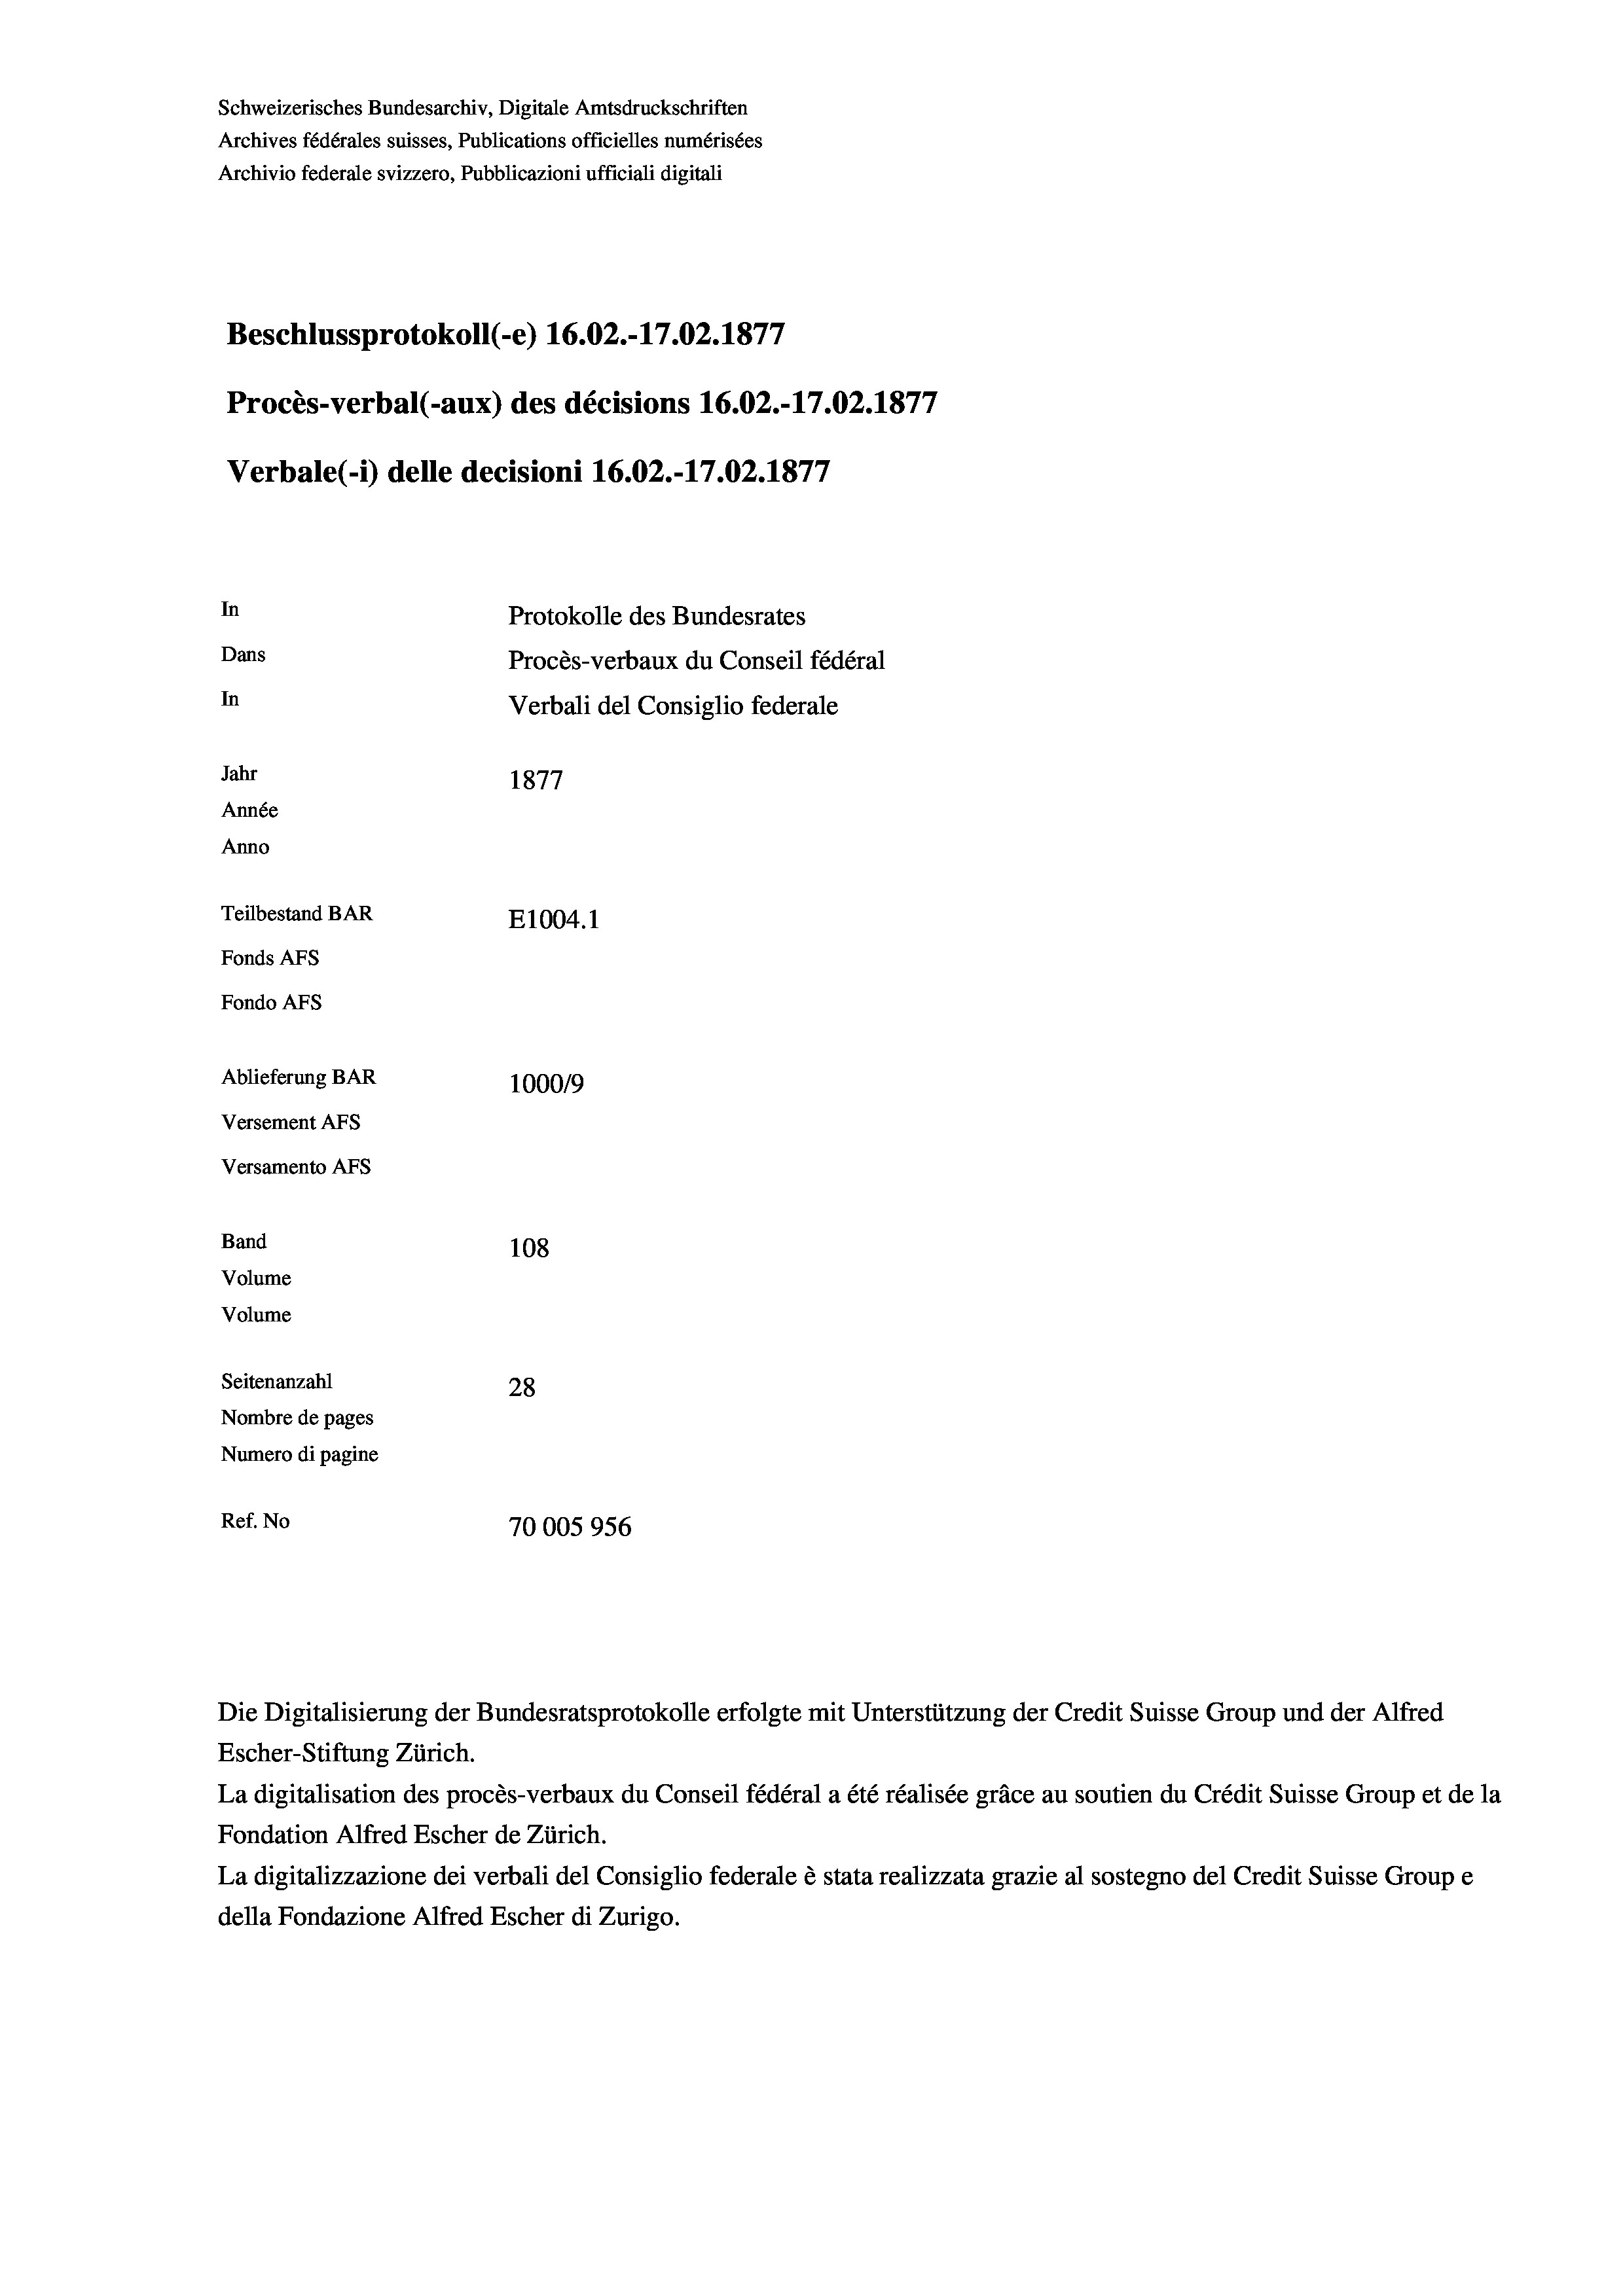
Schweizerisches Bundesarchiv, Digitale Amtsdruckschriften
Archives fédérales suisses, Publications officielles numérisées
Archivio federale svizzero, Pubblicazioni ufficiali digitali
Beschlussprotokoll (-e) 16.02.-17.02. 1877
Procès-verbal (-aux) des décisions 16.02.-17.02.1877
Verbale (1) delle decisioni 16.02.-17.02. 1877
In
Protokolle des Bundesrates
Dans
Procès-verbaux du Conseil fédéral
In
Verbali del Consiglio federale
Jahr
1877
Année
Anno
Teilbestand BAR
E1004. 1
Fonds AFs
Fondo Afs
Ablieferung BAR
10009
Versement Ans
Versamento Afs

Band
Volume
Volume

108
Seitenanzahl
28
Nombre de pages
Numero di pagine
Ref. No
70005956

Escher-Stiftung Zürich.
La digitalisation des procès-verbaux du Conseil fédéral a été réalisée gräce au soutien du Crédit Suisse Group et de la
Fondation Alfred Escher de Zürich.
La digitalizzazione dei verbali del Consiglio federale è stata realizzata grazie al sostegno del Credit Suisse Groupe
della Fondazione Alfred Escher di Zurigo.

Die Digitalisierung der Bundesratsprotokolle erfolgte mit Unterstützung der Credit Suisse Group und der Alfred